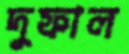
দুফাল